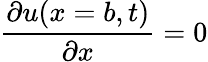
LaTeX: \frac{\partial u(x=b,t)}{\partial x}=0